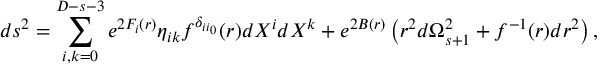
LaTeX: d s ^ { 2 } = \sum _ { i , k = 0 } ^ { D - s - 3 } e ^ { 2 F _ { i } ( r ) } \eta _ { i k } f ^ { \delta _ { i i _ { 0 } } } ( r ) d X ^ { i } d X ^ { k } + e ^ { 2 B ( r ) } \left( r ^ { 2 } d \Omega _ { s + 1 } ^ { 2 } + f ^ { - 1 } ( r ) d r ^ { 2 } \right) ,